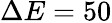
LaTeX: \Delta E=50